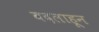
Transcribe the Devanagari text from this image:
बदलाहून